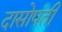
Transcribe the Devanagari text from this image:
दासोपंती